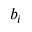
b _ { i }